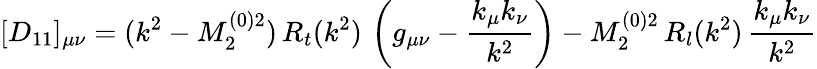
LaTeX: [D_{11}]_{\mu\nu}=(k^{2}-M_{2}^{(0)2})\, R_{t}(k^{2})\, \left(g_{\mu\nu}-\frac{k_{\mu}k_{\nu}}{k^{2}}\right)-M_{2}^{(0)2}\, R_{l}(k^{2})\, \frac{k_{\mu}k_{\nu}}{k^{2}}